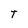
Character: T